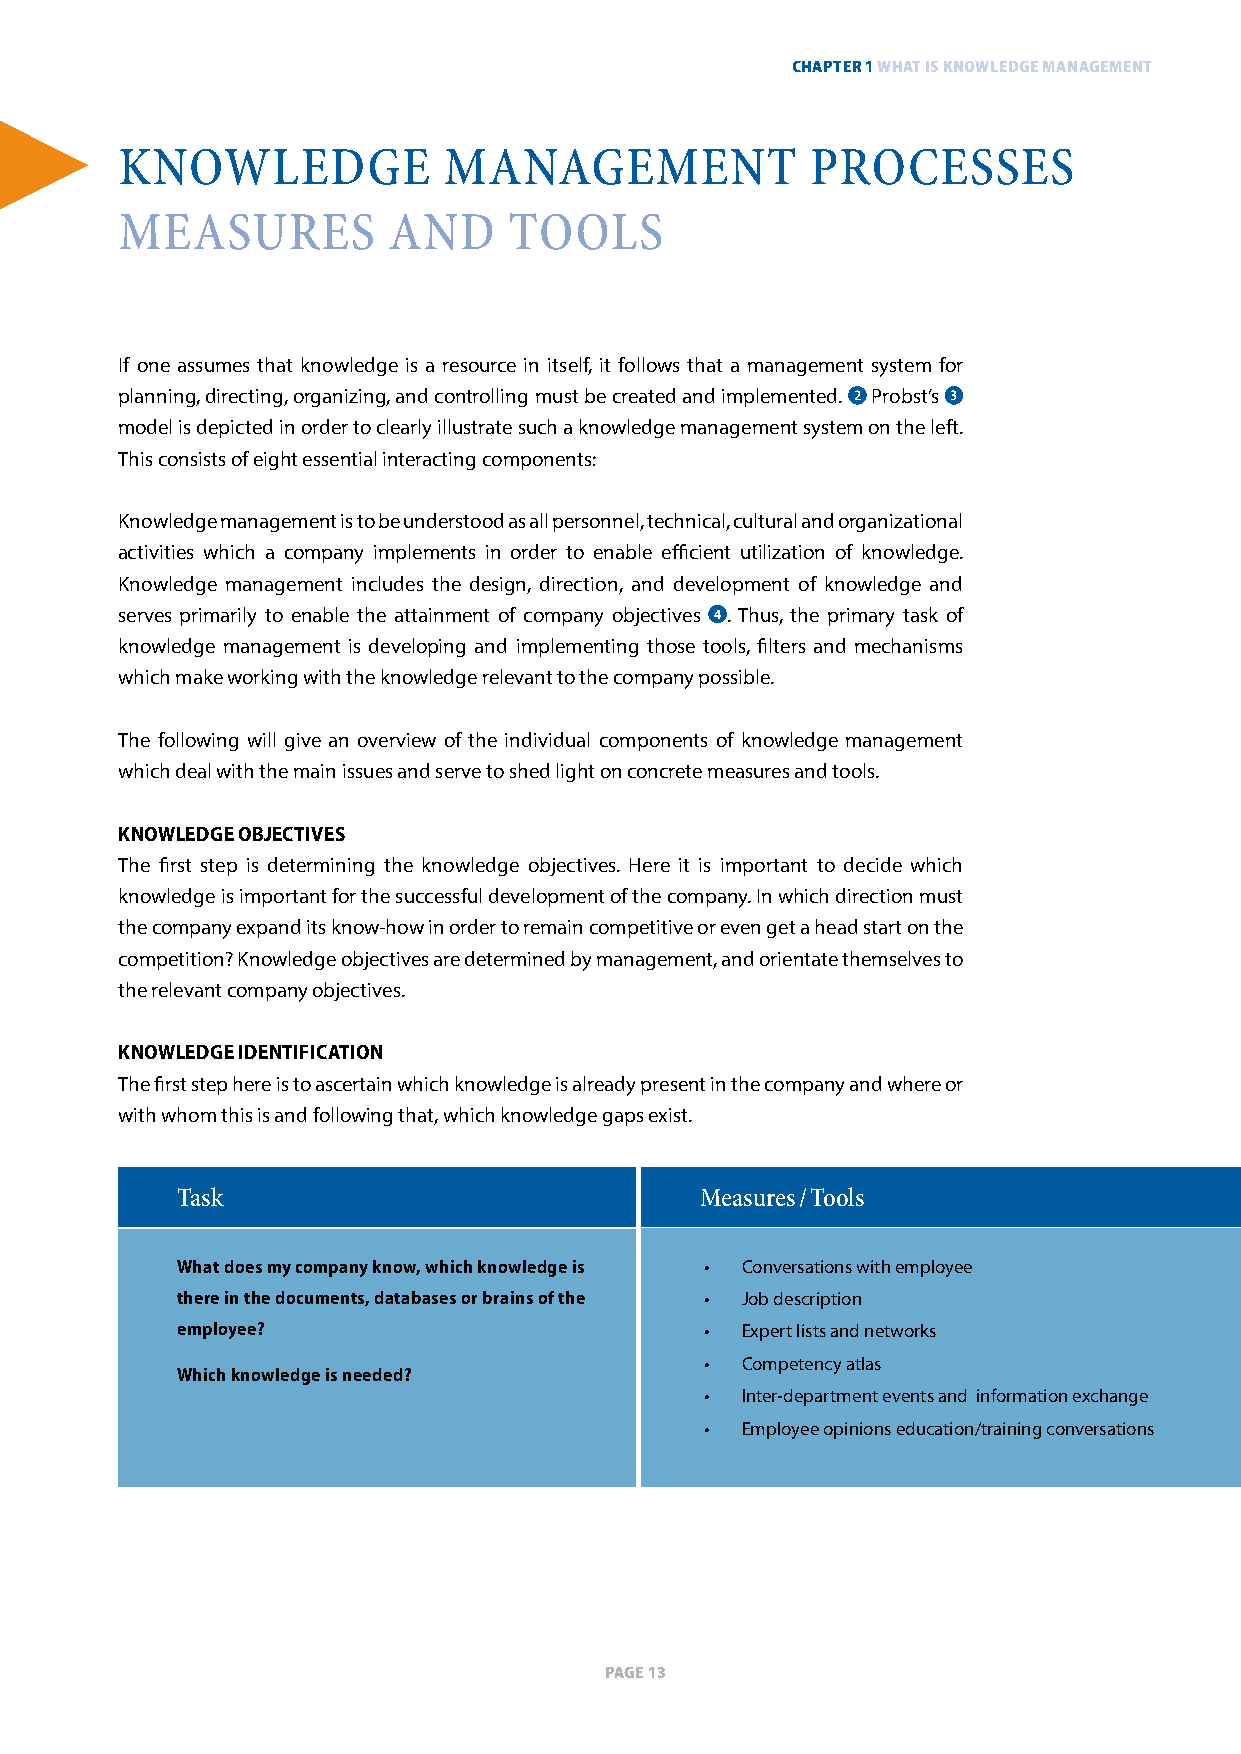
ChapTer 1 whaT is knowledge managemenT
 knoWlEdgE            ManagEMEnt              PR   oCESSES
 MEaSuRES          and     toolS
 If one assumes that knowledge is a resource in itself, it follows that a management system for
 planning, directing, organizing, and controlling must be created and implemented. 2 Probst’s 3
 model is depicted in order to clearly illustrate such a knowledge management system on the left.
 This consists of eight essential interacting components:
 Knowledge management is to be understood as all personnel, technical, cultural and organizational
 activities which a company implements in order to enable efficient utilization of knowledge.
 Knowledge management includes the design, direction, and development of knowledge and
 serves primarily to enable the attainment of company objectives 4. Thus, the primary task of
 knowledge management is developing and implementing those tools, filters and mechanisms
 which make working with the knowledge relevant to the company possible.
 The following will give an overview of the individual components of knowledge management
 which deal with the main issues and serve to shed light on concrete measures and tools.
 kNoWledge objectives
 The first step is determining the knowledge objectives. Here it is important to decide which
 knowledge is important for the successful development of the company. In which direction must
 the company expand its know-how in order to remain competitive or even get a head start on the
 competition? Knowledge objectives are determined by management, and orientate themselves to
 the relevant company objectives.
 kNoWledge ideNtiFicatioN
 The first step here is to ascertain which knowledge is already present in the company and where or
 with whom this is and following that, which knowledge gaps exist.
 task                              Measures / tools
 What does my company know, which knowledge is • Conversations with employee
 there in the documents, databases or brains of the • Job description
 employee?                          • Expert lists and networks
 • Competency atlas
 Which knowledge is needed?
 • Inter-department events and information exchange
 • Employee opinions education/training conversations
 page 13